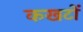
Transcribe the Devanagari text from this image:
कखटों